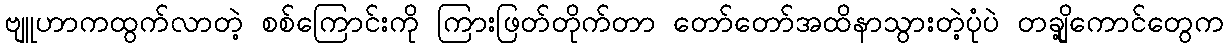
ဗျူဟာကထွက်လာတဲ့ စစ်ကြောင်းကို ကြားဖြတ်တိုက်တာ တော်တော်အထိနာသွားတဲ့ပုံပဲ တချို့ကောင်တွေက